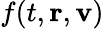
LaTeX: f(t,\mathbf{r},\mathbf{v})